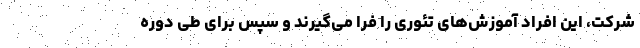
شرکت، این افراد آموزش‌های تئوری را فرا می‌گیرند و سپس برای طی دوره